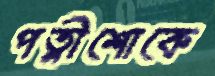
পত্নীশোকে